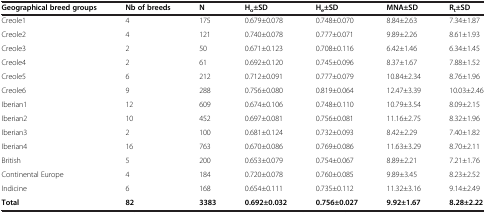
<table><thead><tr><td><b>Geographical breed groups</b></td><td><b>Nb of breeds</b></td><td><b>N</b></td><td><b>H<sub>o</sub>±SD</b></td><td><b>H<sub>e</sub>±SD</b></td><td><b>MNA±SD</b></td><td><b>R<sub>t</sub>±SD</b></td></tr></thead><tbody><tr><td>Creole1</td><td>4</td><td>175</td><td>0.679±0.078</td><td>0.748±0.070</td><td>8.84±2.63</td><td>7.34±1.87</td></tr><tr><td>Creole2</td><td>4</td><td>121</td><td>0.740±0.078</td><td>0.777±0.071</td><td>9.89±2.26</td><td>8.61±1.93</td></tr><tr><td>Creole3</td><td>2</td><td>50</td><td>0.671±0.123</td><td>0.708±0.116</td><td>6.42±1.46</td><td>6.34±1.45</td></tr><tr><td>Creole4</td><td>2</td><td>61</td><td>0.692±0.120</td><td>0.745±0.096</td><td>8.37±1.67</td><td>7.88±1.52</td></tr><tr><td>Creole5</td><td>6</td><td>212</td><td>0.712±0.091</td><td>0.777±0.079</td><td>10.84±2.34</td><td>8.76±1.96</td></tr><tr><td>Creole6</td><td>9</td><td>288</td><td>0.756±0.080</td><td>0.819±0.064</td><td>12.47±3.39</td><td>10.03±2.46</td></tr><tr><td>Iberian1</td><td>12</td><td>609</td><td>0.674±0.106</td><td>0.748±0.110</td><td>10.79±3.54</td><td>8.09±2.15</td></tr><tr><td>Iberian2</td><td>10</td><td>452</td><td>0.697±0.081</td><td>0.756±0.081</td><td>11.16±2.75</td><td>8.32±1.96</td></tr><tr><td>Iberian3</td><td>2</td><td>100</td><td>0.681±0.124</td><td>0.732±0.093</td><td>8.42±2.29</td><td>7.40±1.82</td></tr><tr><td>Iberian4</td><td>16</td><td>763</td><td>0.670±0.086</td><td>0.769±0.086</td><td>11.63±3.29</td><td>8.70±2.11</td></tr><tr><td>British</td><td>5</td><td>200</td><td>0.653±0.079</td><td>0.754±0.067</td><td>8.89±2.21</td><td>7.21±1.76</td></tr><tr><td>Continental Europe</td><td>4</td><td>184</td><td>0.720±0.078</td><td>0.760±0.085</td><td>9.89±3.45</td><td>8.23±2.52</td></tr><tr><td>Indicine</td><td>6</td><td>168</td><td>0.654±0.111</td><td>0.735±0.112</td><td>11.32±3.16</td><td>9.14±2.49</td></tr><tr><td><b>Total</b></td><td><b>82</b></td><td><b>3383</b></td><td><b>0.692±0.032</b></td><td><b>0.756±0.027</b></td><td><b>9.92±1.67</b></td><td><b>8.28±2.22</b></td></tr></tbody></table>